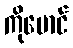
ကိုမောင်